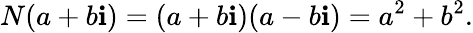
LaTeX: N(a+b\mathbf{i})=(a+b\mathbf{i})(a-b\mathbf{i})=a^{2}+b^{2}.